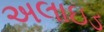
અલાઇડ